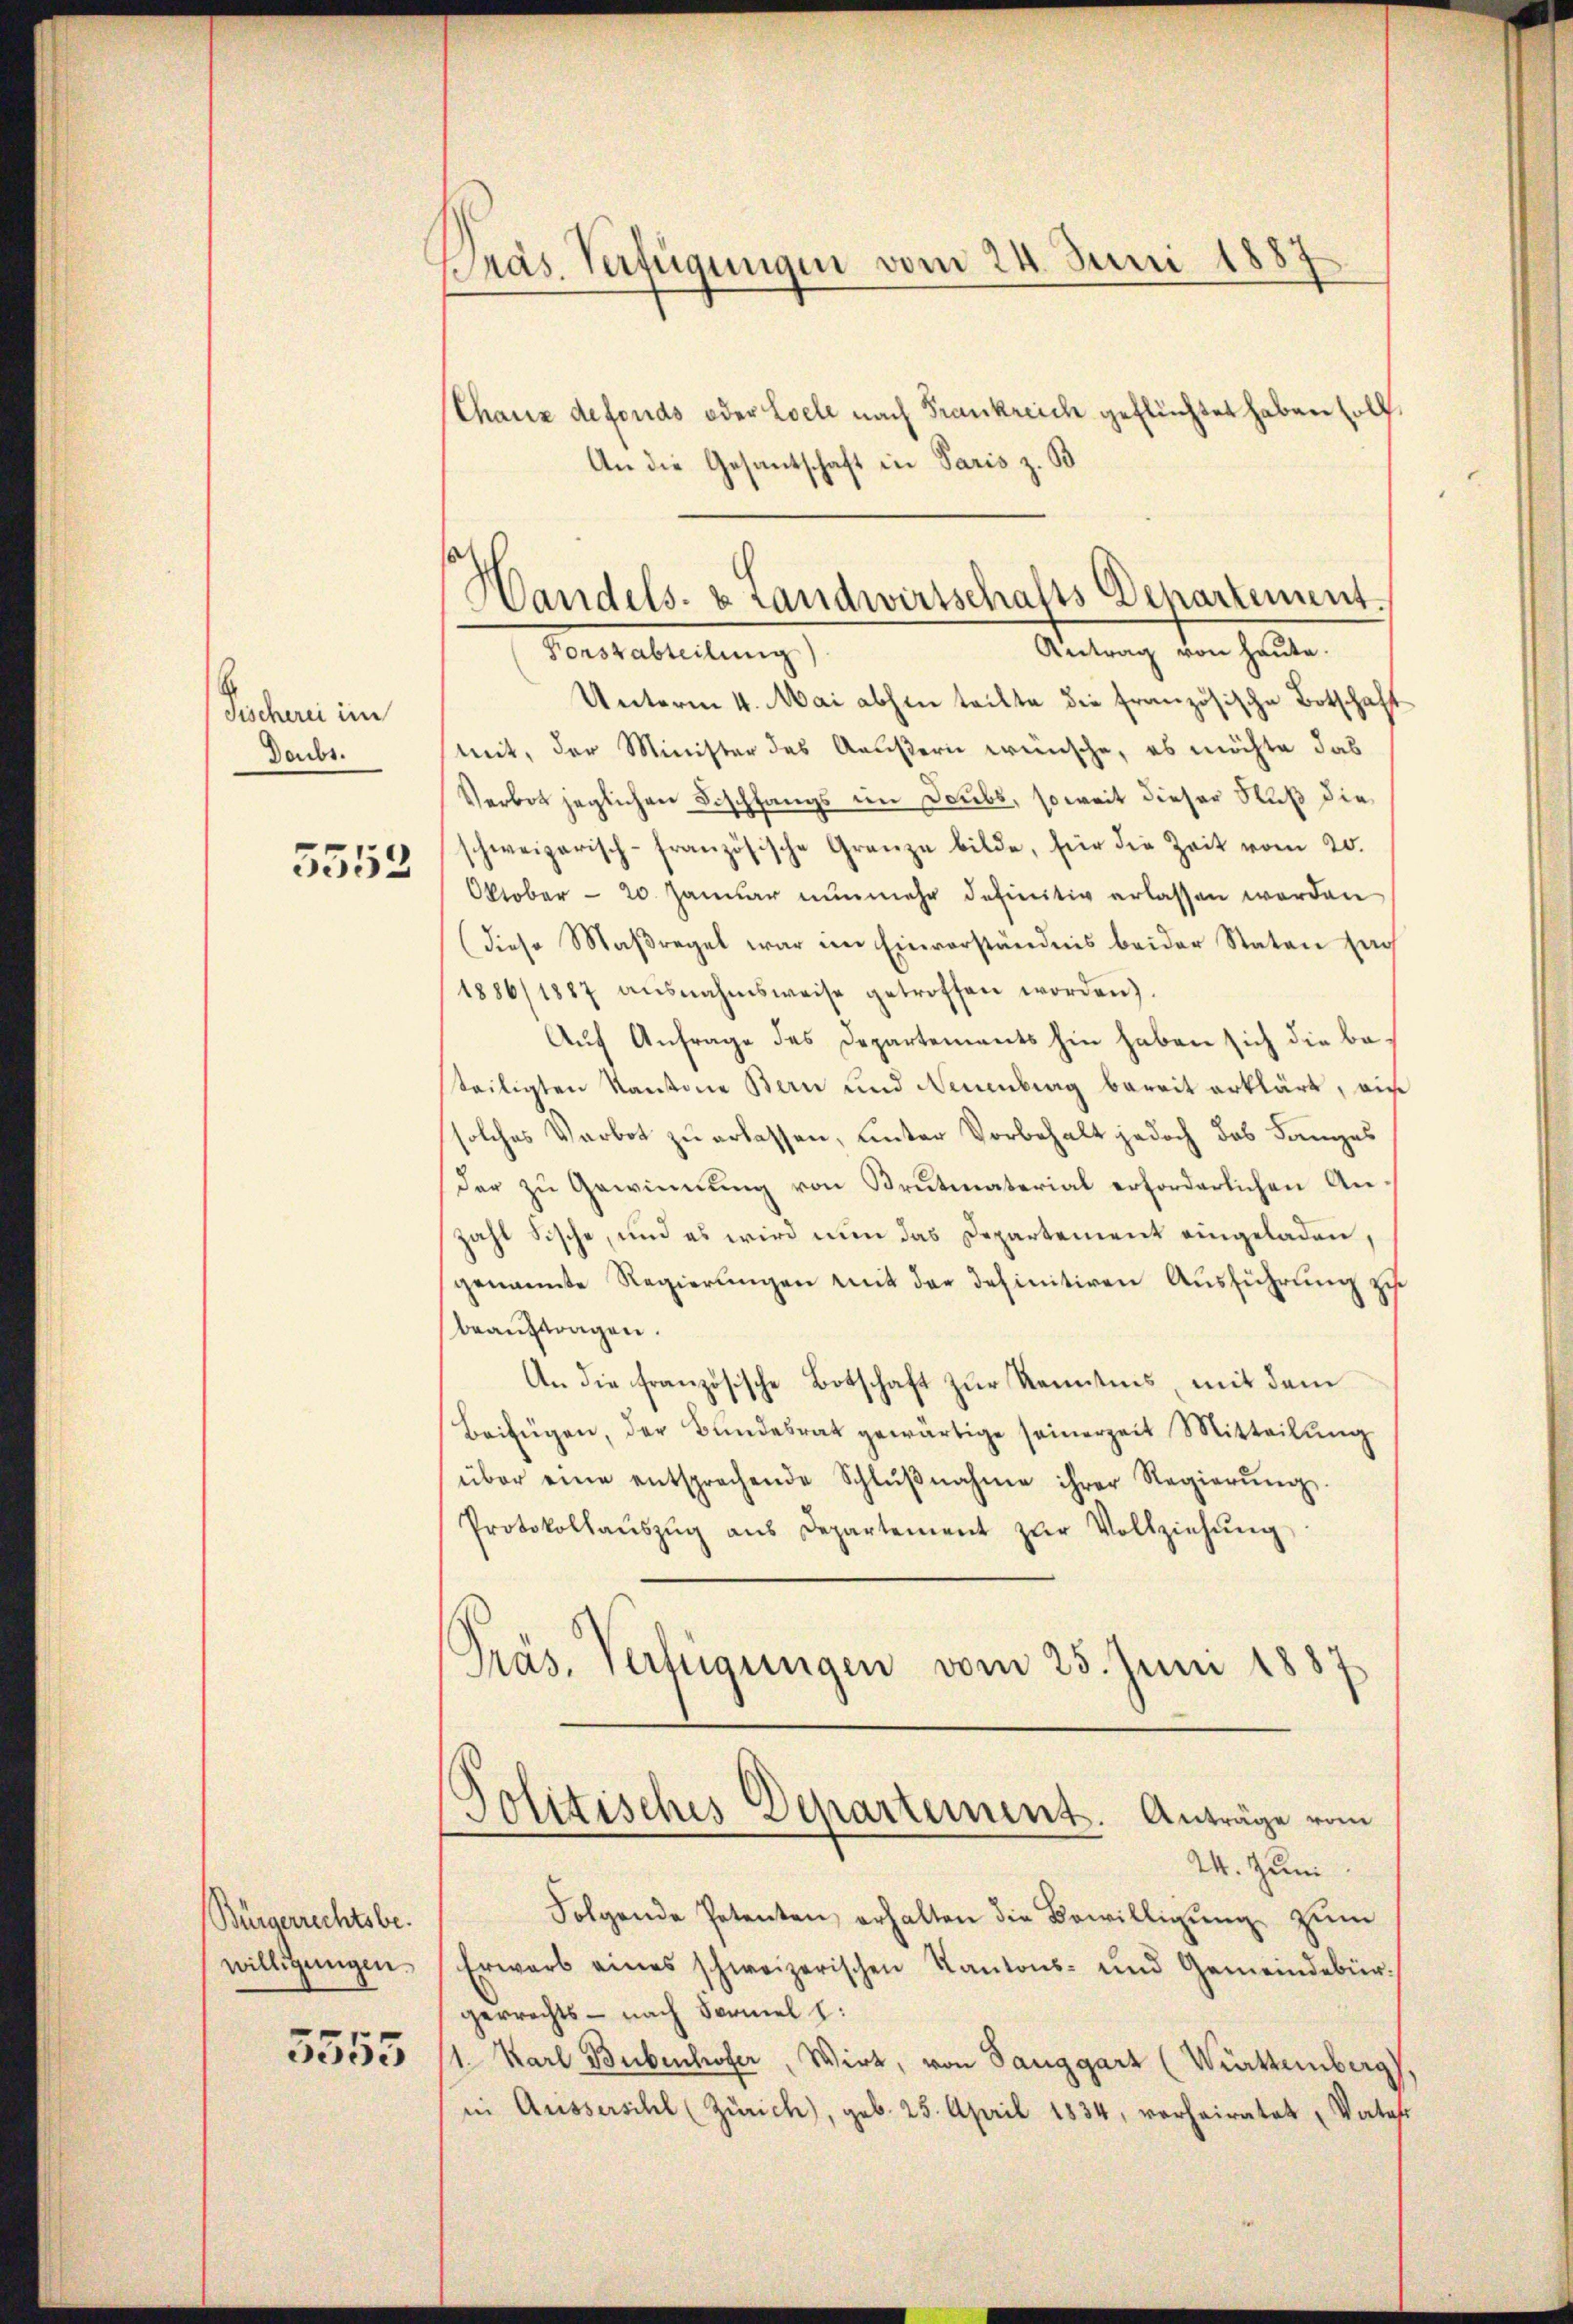
Pocheri im
Daubt.
5552

Bürgerrechtsbewilligungen
5553

Präs. Verfügungen vom 24. Juni 1885

Thauz defonds oder Coele nach Frankreich geflüchtet haben soll.
An die Gesantschaft in Paris z. B
Forszabteilung)
Unterm 4. Mai abhin teilte die französische Botschaft
mit, der Minister des Aeußern wünsche, es möchte das
Verbot jeglichen Fischfangs im Scubs, soweit dieser Fluß die
schweizerisch-französische Grenze bilde, für die Zeit vom 20.
Oktober - 20. Januar nunmehr definitiv erlassen worden
(Diese Maßregel war im Einverständnis beider Staten sag
1886/1887 aŭsnahmsweise getroffen worden).
Auf Anfrage des Departements hin haben sich die besteiligten Kantone Bern und Neuenburg bereit erklärt, ein
solches Verbot zu erlassen, unter Vorbehalt jedoch das Langes
Der zu Gewinnung von Brutmaterial erforderlichen Anzahl Fische, und es wird nun das Departement eingeladen,
genannte Regierungen mit der definitiven Ausführung zu
beaŭftragen.
An die französische Botschaft zur Kenntnis, mit dem
Beifügen, der Bŭndesrat gewärtige seinerzeit Mitteilŭng
über eine entsprechende Schlŭβnahme ihrer Regierŭng.
Protokollaŭszŭg aŭs Departement zŭr Vollziehŭng
Präs. Verfügungen vom 25. Juni 1887
Jolitisches Departement. Anträge vom
24. Juni
Folgende Petenten erhalten die Bewilligŭng zum
Erwarb eines schweizerischen Kantons- und Gemeindebür
gerrechts - nach Formel :
1. Karl Bubenhofer, Wirt, von Sanggart (Württemberg
in Aussersihl (Zürich), geb. 25. April 1834, verheiratet Vaters

Handels- & Landwirtschafts Departement.
Antrag von heute.